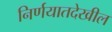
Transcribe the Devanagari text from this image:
निर्णयातदेखील